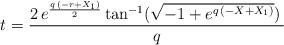
\begin{align*}t = {{2\,{e^{{{q\,\left( -r + { X_1} \right) }\over 2}}}\, {\rm tan}^{-1} ({\sqrt{-1 + {e^{q\,\left( -X + { X_1} \right) }}}})\,{ }}\over q}\end{align*}